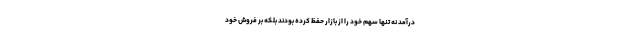
درآمد نه تنها سهم خود را از بازار حفظ کرده بودند بلکه بر فروش خود